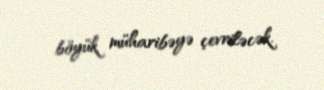
böyük müharibəyə çevriləcək.